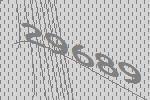
29689